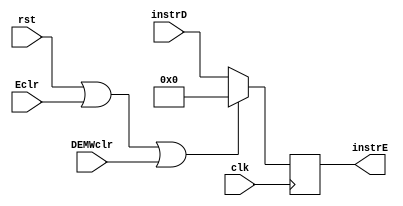
`timescale 1ns / 1ps
//////////////////////////////////////////////////////////////////////////////////
// Company: 
// Engineer: 
// 
// Design Name: 
// Module Name:    mcE 
// Project Name: 
// Target Devices: 
// Tool versions: 
// Description: 
//
// Dependencies: 
//
// Revision: 
// Revision 0.01 - File Created
// Additional Comments: 
//
//////////////////////////////////////////////////////////////////////////////////
module mcE(
    input [31:0] instrD,
	 //input changeD,
    input clk,
	 input rst,
	 input Eclr,
	 input DEMWclr,
    output [31:0] instrE
	 //output changeE
    );
	 
	 reg[31:0] instr = 0;
	 //reg change = 0;
	 
	 assign instrE = instr;
	 //assign changeE = change;
	 
	 always@(posedge clk)begin
		if(rst||Eclr||DEMWclr)begin
			instr<=0;
			//change<=0;
		end
		else begin
			instr<=instrD;
			//change<= changeD;
		end
	 end

endmodule